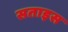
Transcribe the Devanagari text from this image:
सताइस